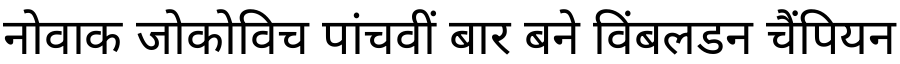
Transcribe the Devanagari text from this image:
नोवाक जोकोविच पांचवीं बार बने विंबलडन चैंपियन